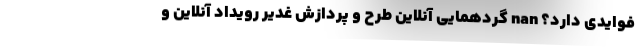
فوایدی دارد؟ nan گردهمایی آنلاین طرح و پردازش غدیر رویداد آنلاین و